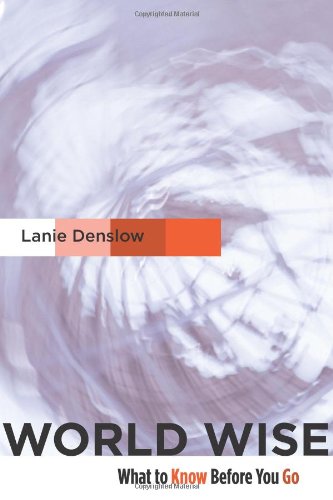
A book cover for World Wise: What to Know Before You Go; Lainie Denslow; Travel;